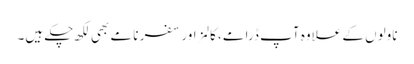
ناولوں کے علاوہ آپ ڈرامے، کالمز اور سفر نامے بھی لکھ چکے ہیں۔